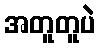
အတူတူပဲ